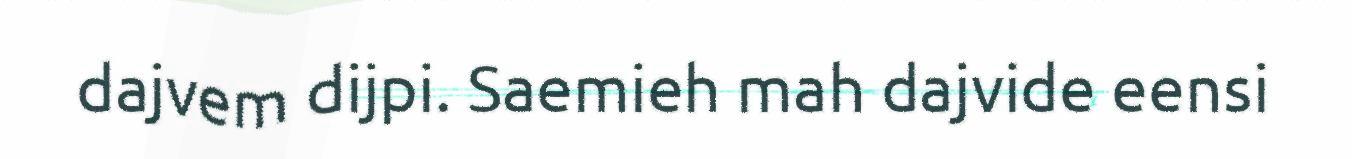
dajvem dijpi. Saemieh mah dajvide eensi